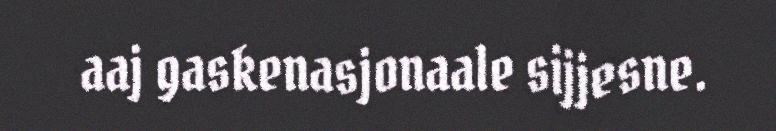
aaj gaskenasjonaale sijjesne.